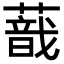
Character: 𦺿